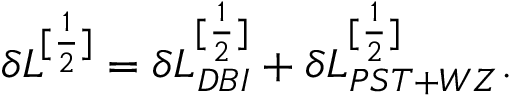
\delta { \cal L } ^ { [ \frac { 1 } { 2 } ] } = \delta { \cal L } _ { D B I } ^ { [ \frac { 1 } { 2 } ] } + \delta { \cal L } _ { P S T + W Z } ^ { [ \frac { 1 } { 2 } ] } .